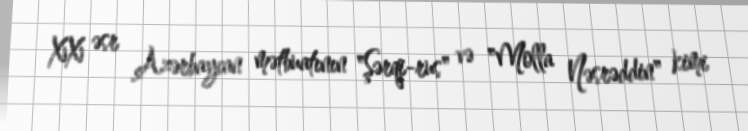
XX əsr Azərbaycan mətbuatının "Şərqi-rus" və "Molla Nəsrəddin" kimi